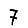
Digit: 7